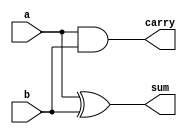
// HALF ADDER -> 1 BIT

module half_adder (
	input a, b,
	output sum, carry
);

assign sum = a ^ b;
assign carry = a & b;

endmodule